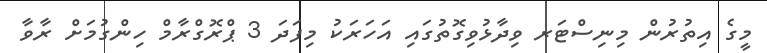
މީގެ އިތުރުން މިނިސްޓަރ ވިދާޅުވިގޮތުގައި އަހަރަކު މިފަދަ 3 ޕްރޮގްރާމް ހިންގުމަށް ރާވާ